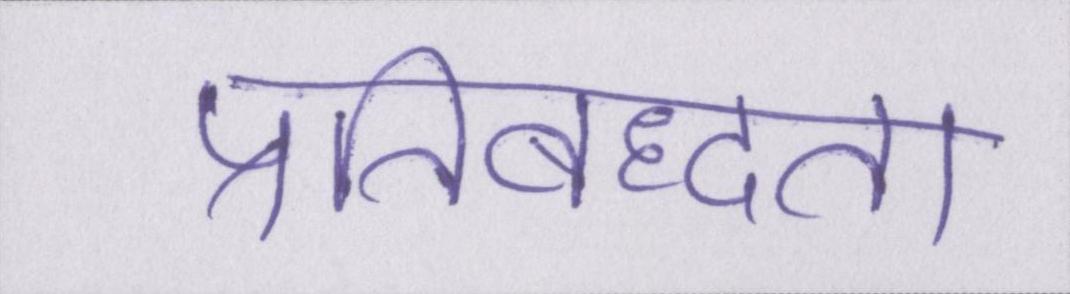
प्रतिबध्दता